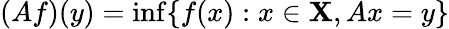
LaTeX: (Af)(y)=\operatorname*{inf}\{ f(x):x\in\mathbf{X},Ax=y\}